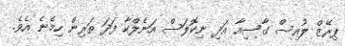
ޕިރޭޒް ލުއިސް ގާސިއާ އަދި ނިކޮލަސް އަނެލްކާ ފަދަ ތަރިން ހިމެނެ އެވެ.